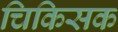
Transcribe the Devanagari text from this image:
चिकिसक